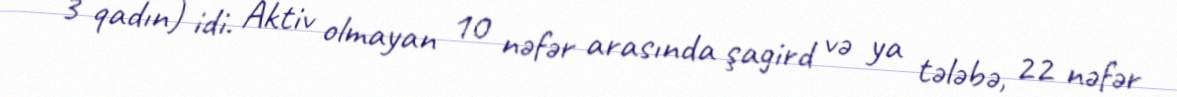
3 qadın) idi. Aktiv olmayan 10 nəfər arasında şagird və ya tələbə, 22 nəfər